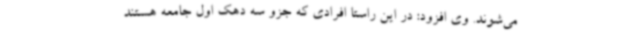
می‌شوند. وی افزود: در این راستا افرادی که جزو سه دهک اول جامعه هستند